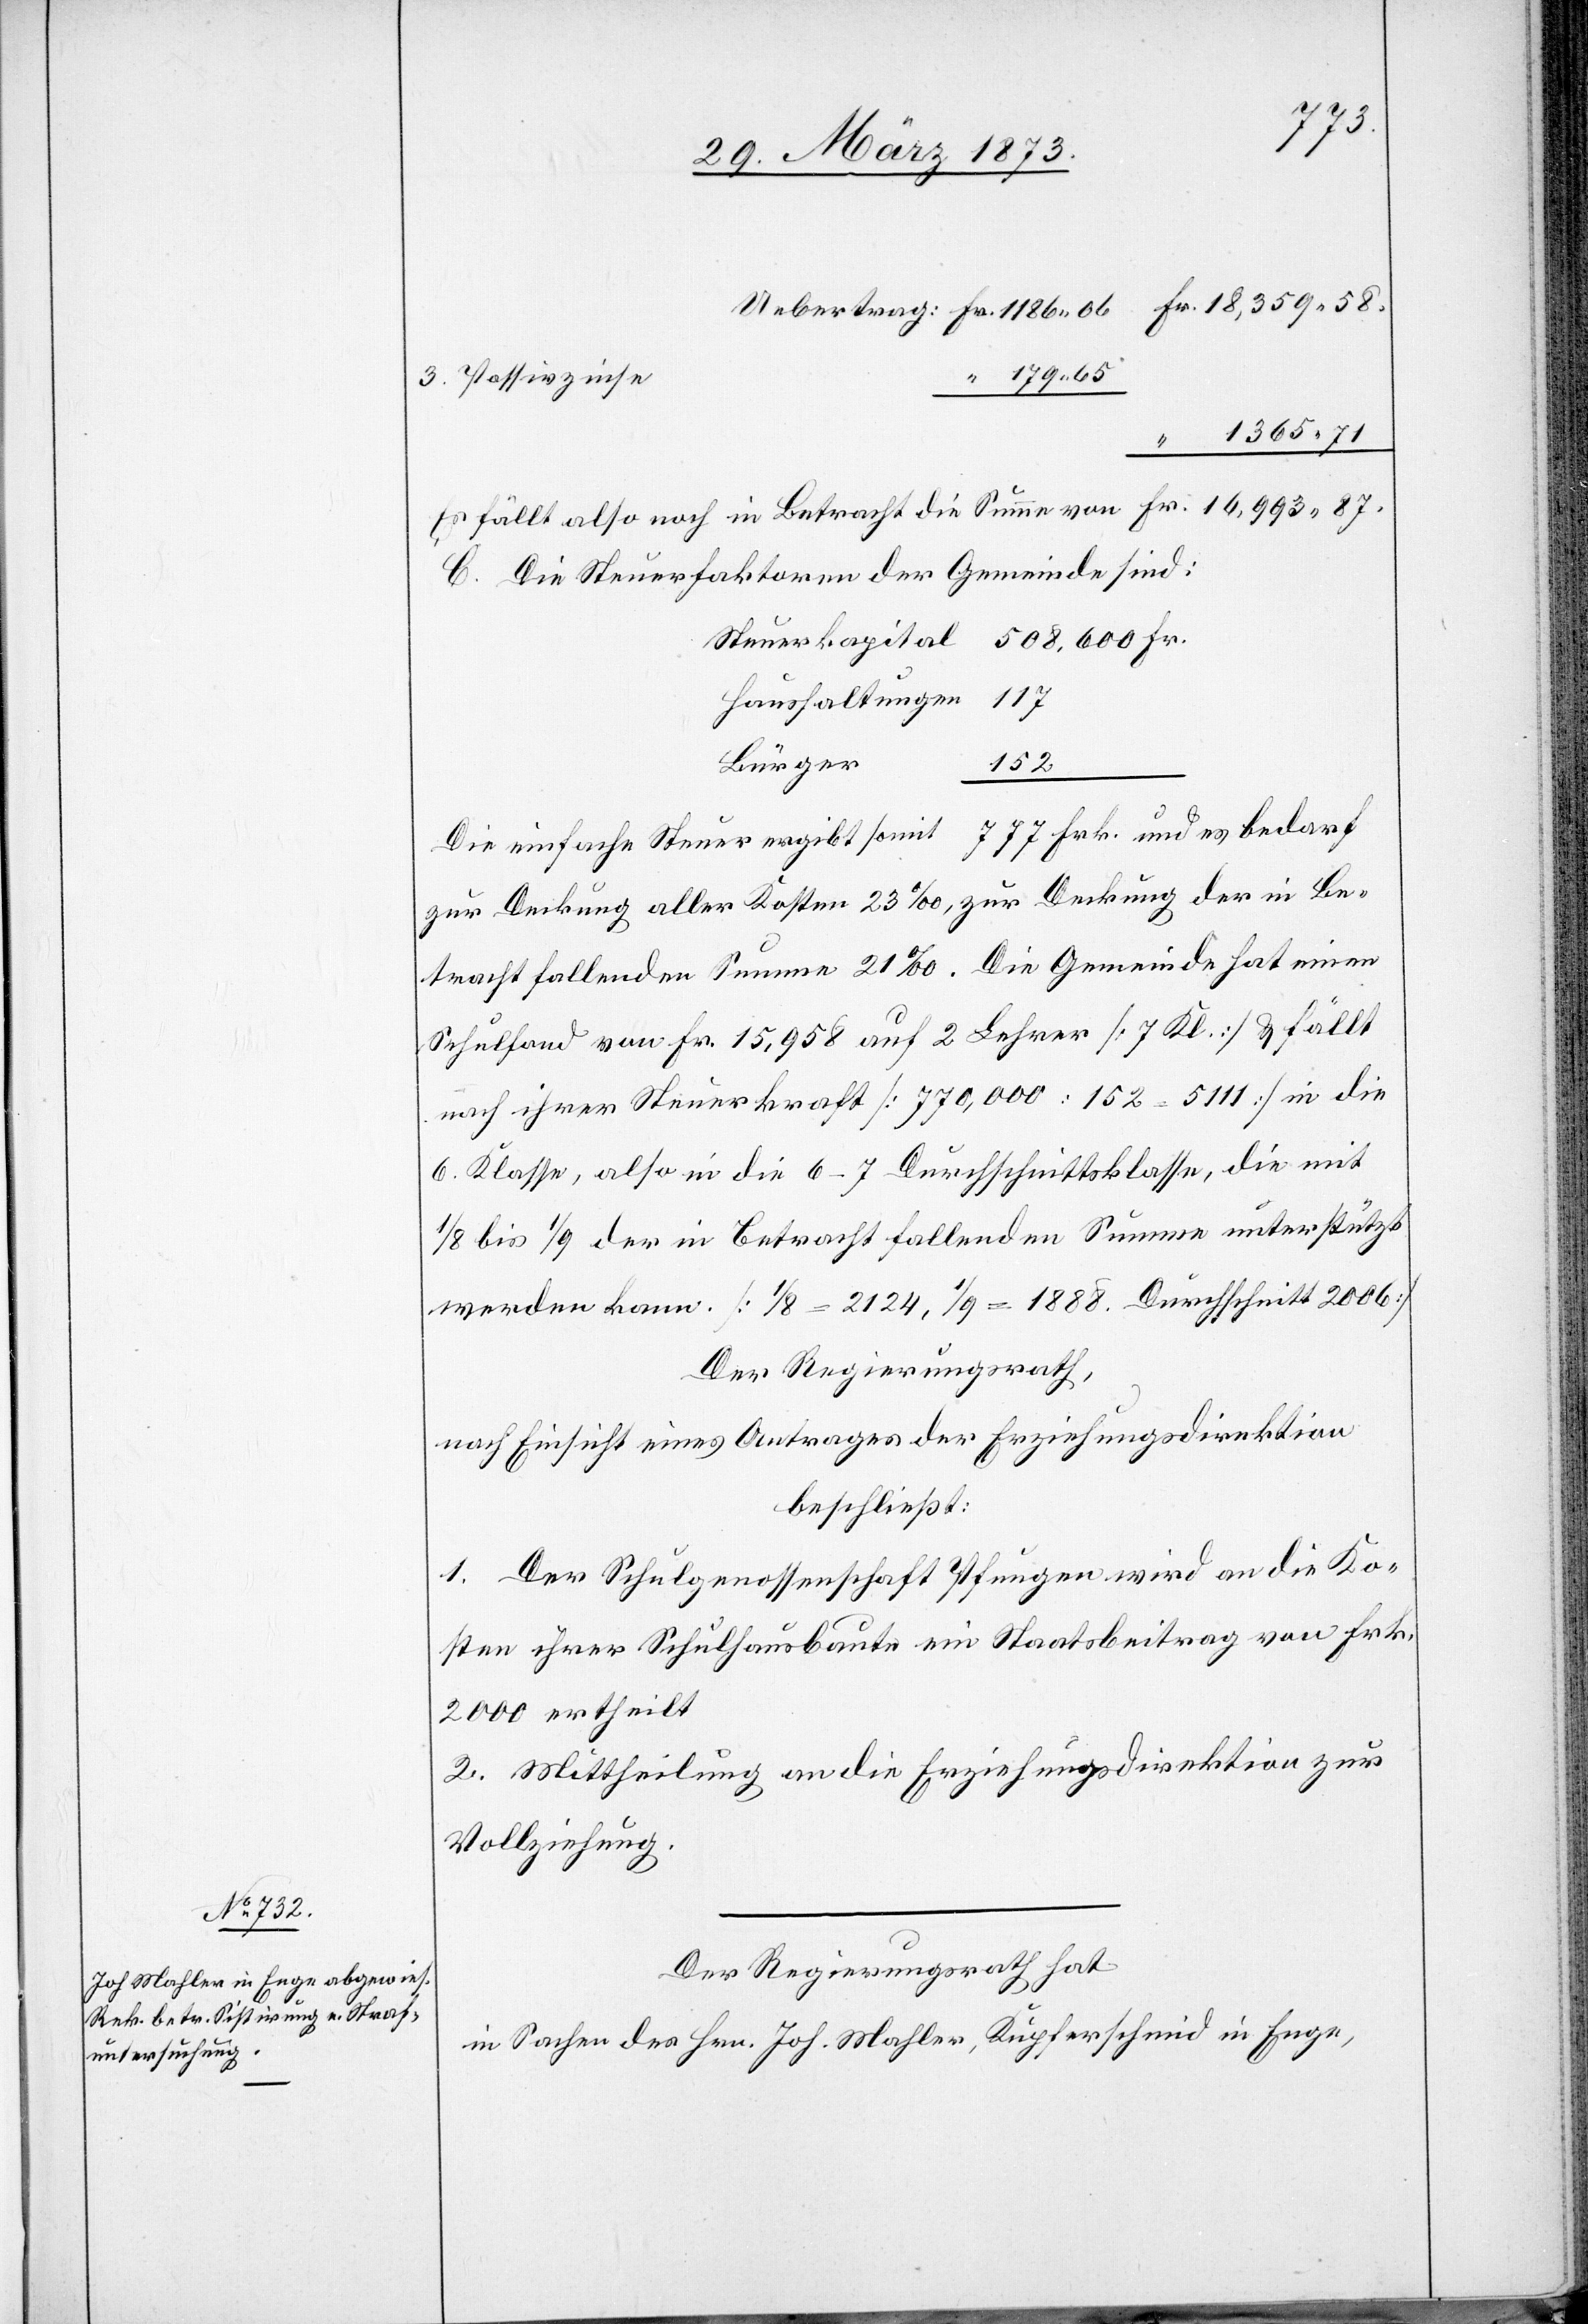
Übertrag Fr. 1186.06			 “ 18359.58.
3. Passivzinse
“ 179.65
1365.71
Es fällt also noch in Betracht die Summe von Fr. 16,993.87.
C. Die Steuerfaktoren der Gemeinde sind:
Steuerkapital 508,600 Fr.
Haushaltungen 117
Bürger
152
777 Frk. und es bedarf
Die einfache Steuer ergibt somit
zur Deckung aller Kosten 23‰, zur Deckung der in Be¬
tracht fallenden Summe 21‰. Die Gemeinde hat einen
Schulfond von Fr. 15,958 auf 2 Lehrer [7 Kl.] u. fällt
nach ihrer Steuerkraft [770,000:152=5111] in die
6. Klasse, also in die 6–7 Durchschnittsklasse, die mit
1/8 bis 1/9 der in Betracht fallenden Summe unterstützt
werden kann. [1/8=2124, 1/9=1888. Durschnitt 2006]
Der Regierungsrath,
nach Einsicht eines Antrages der Erziehungsdirektion
beschließt:
1. Der Schulgenossenschaft Pfungen wird an die Ko¬
sten ihrer Schulhausbaute ein Staatsbeitrag von Frk.
2000 ertheilt
2. Mittheilung an die Erziehungsdirektion zur
Vollziehung.
Der Regierungsrath hat
in Sachen des Hrn. Joh. Mahler, Kupferschmid in Enge,